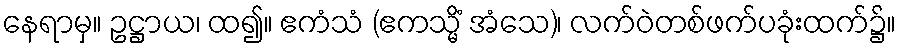
နေရာမှ။ ဥဋ္ဌာယ၊ ထ၍။ ဧကံသံ (ဧကသ္မိံ အံသေ)၊ လက်ဝဲတစ်ဖက်ပခုံးထက်၌။